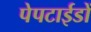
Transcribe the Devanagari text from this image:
पेपटाईडों